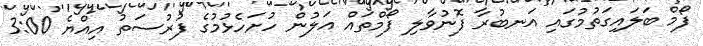
ފޯމް ބަލައިގަތުމުގައި އަނބުރާ ފޮނުވާލި ފޯމްތައް އަލުން ހުށަހެޅުމުގެ ފުރުސަތު އިއްޔެ 3:00